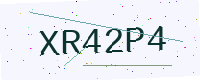
Text: XR42P4